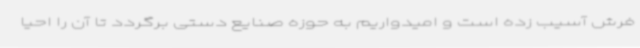
فرش آسیب زده است و امیدواریم به حوزه صنایع دستی برگردد تا آن را احیا